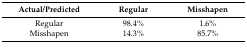
<table><thead><tr><td><b>Actual/Predicted</b></td><td><b>Regular</b></td><td><b>Misshapen</b></td></tr></thead><tbody><tr><td>Regular</td><td>98.4%</td><td>1.6%</td></tr><tr><td>Misshapen</td><td>14.3%</td><td>85.7%</td></tr></tbody></table>